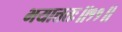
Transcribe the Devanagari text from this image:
भयात्ततः॥११॥